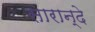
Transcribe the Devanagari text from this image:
सारान्दे